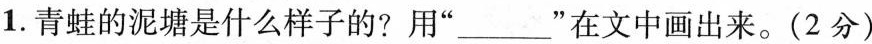
1. 青蛙的泥塘是什么样子的?用“___”在文中画出来。(2分)